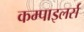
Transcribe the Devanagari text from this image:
कम्पाइलर्स